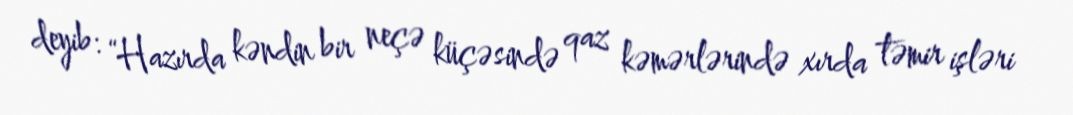
deyib: “Hazırda kəndin bir neçə küçəsində qaz kəmərlərində xırda təmir işləri